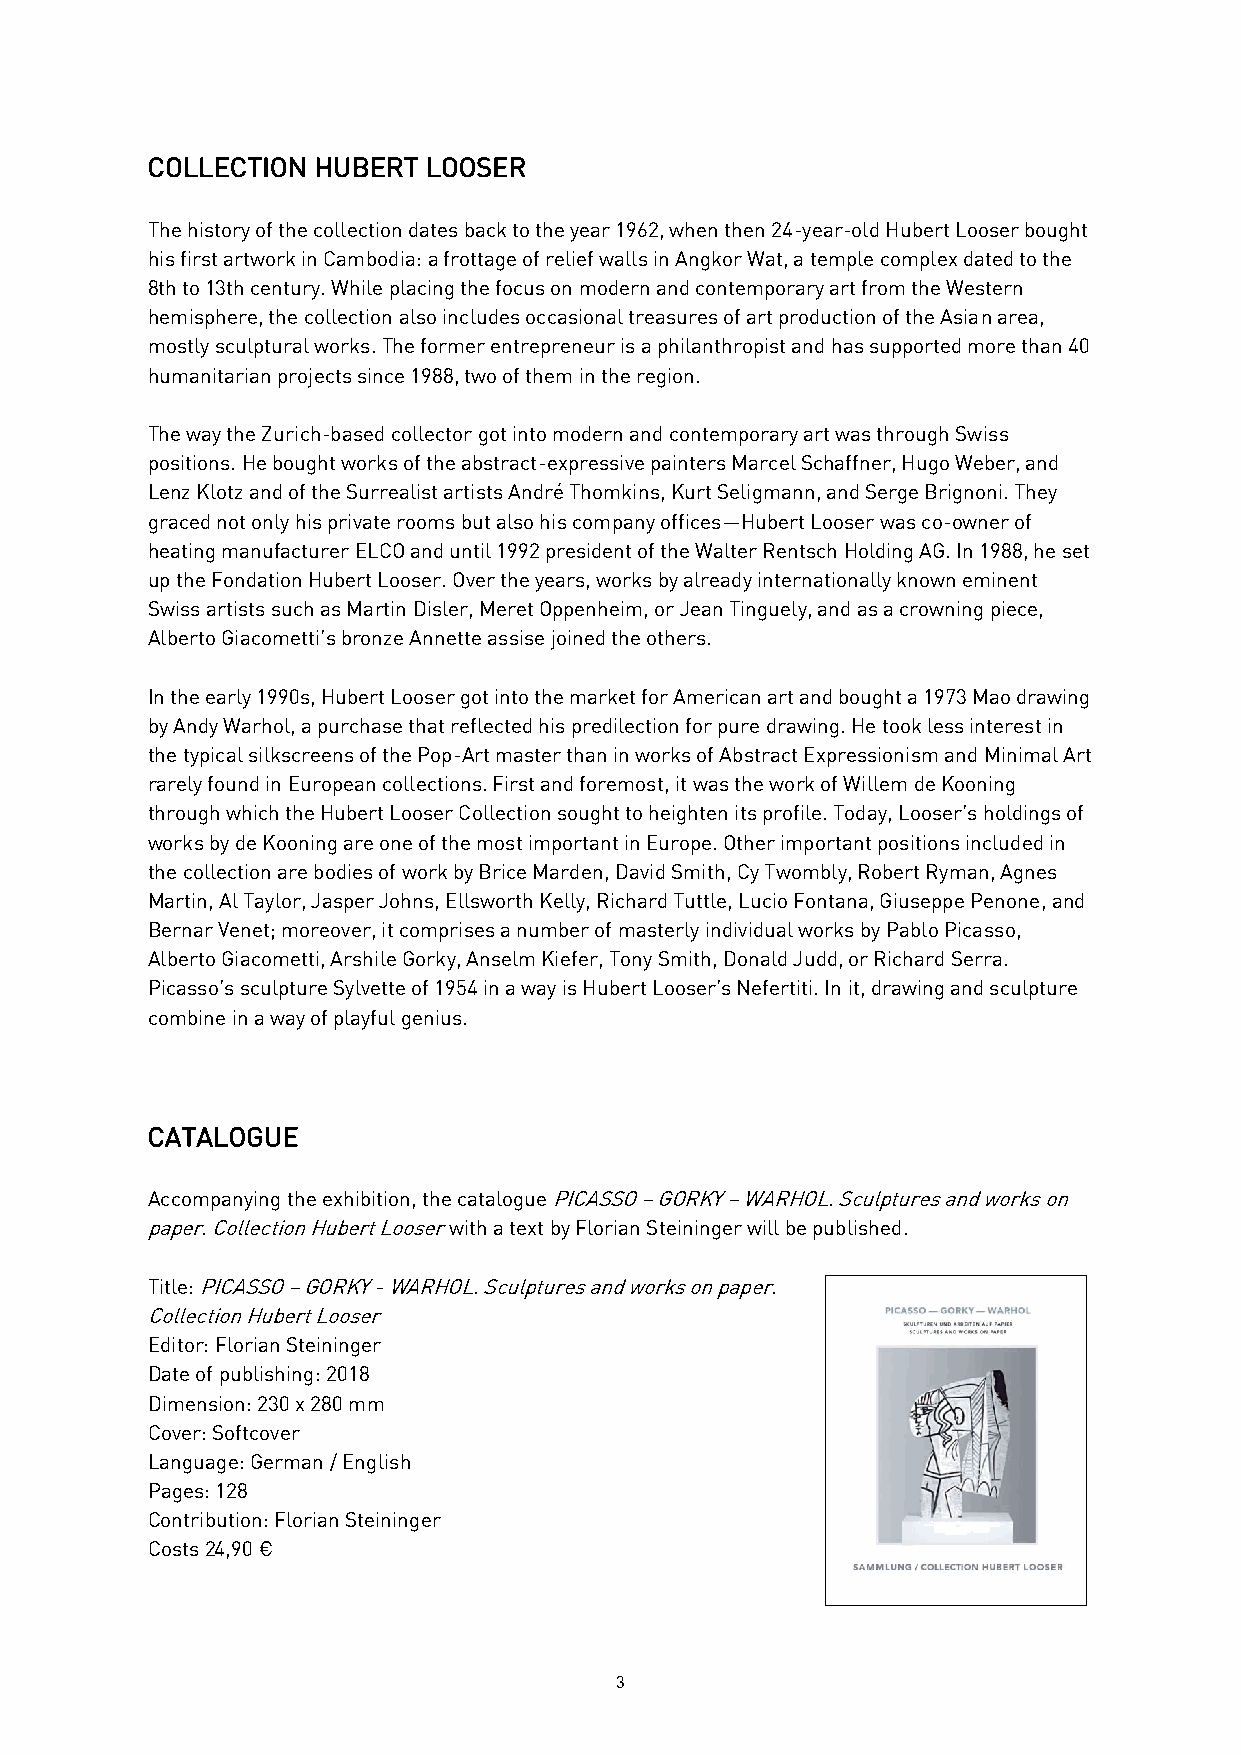
COLLECTION HUBERT LOOSER
 The history of the collection dates back to the year 1962, when then 24-year-old Hubert Looser bought
 his first artwork in Cambodia: a frottage of relief walls in Angkor Wat, a temple complex dated to the
 8th to 13th century. While placing the focus on modern and contemporary art from the Western
 hemisphere, the collection also includes occasional treasures of art production of the Asian area,
 mostly sculptural works. The former entrepreneur is a philanthropist and has supported more than 40
 humanitarian projects since 1988, two of them in the region.
 The way the Zurich-based collector got into modern and contemporary art was through Swiss
 positions. He bought works of the abstract-expressive painters Marcel Schaffner, Hugo Weber, and
 Lenz Klotz and of the Surrealist artists André Thomkins, Kurt Seligmann, and Serge Brignoni. They
 graced not only his private rooms but also his company offices—Hubert Looser was co-owner of
 heating manufacturer ELCO and until 1992 president of the Walter Rentsch Holding AG. In 1988, he set
 up the Fondation Hubert Looser. Over the years, works by already internationally known eminent
 Swiss artists such as Martin Disler, Meret Oppenheim, or Jean Tinguely, and as a crowning piece,
 Alberto Giacometti’s bronze Annette assise joined the others.
 In the early 1990s, Hubert Looser got into the market for American art and bought a 1973 Mao drawing
 by Andy Warhol, a purchase that reflected his predilection for pure drawing. He took less interest in
 the typical silkscreens of the Pop-Art master than in works of Abstract Expressionism and Minimal Art
 rarely found in European collections. First and foremost, it was the work of Willem de Kooning
 through which the Hubert Looser Collection sought to heighten its profile. Today, Looser’s holdings of
 works by de Kooning are one of the most important in Europe. Other important positions included in
 the collection are bodies of work by Brice Marden, David Smith, Cy Twombly, Robert Ryman, Agnes
 Martin, Al Taylor, Jasper Johns, Ellsworth Kelly, Richard Tuttle, Lucio Fontana, Giuseppe Penone, and
 Bernar Venet; moreover, it comprises a number of masterly individual works by Pablo Picasso,
 Alberto Giacometti, Arshile Gorky, Anselm Kiefer, Tony Smith, Donald Judd, or Richard Serra.
 Picasso’s sculpture Sylvette of 1954 in a way is Hubert Looser’s Nefertiti. In it, drawing and sculpture
 combine in a way of playful genius.
 CATALOGUE
 Accompanying the exhibition, the catalogue PICASSO – GORKY – WARHOL. Sculptures and works on
 paper. Collection Hubert Looser with a text by Florian Steininger will be published.
 Title: PICASSO – GORKY - WARHOL. Sculptures and works on paper.
 Collection Hubert Looser
 Editor: Florian Steininger
 Date of publishing: 2018
 Dimension: 230 x 280 mm
 Cover: Softcover
 Language: German / English
 Pages: 128
 Contribution: Florian Steininger
 Costs 24,90 €
 3